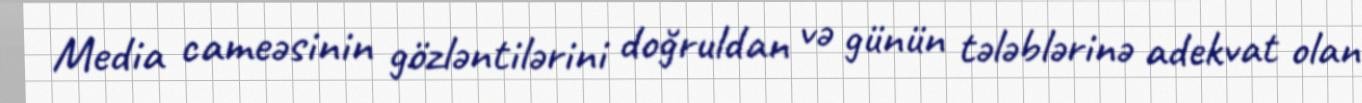
Media cameəsinin gözləntilərini doğruldan və günün tələblərinə adekvat olan